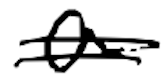
Text: a
Cross-out: double-line
Writing tool: digital_black